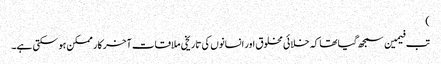
)
تب فیمین سمجھ گیا تھا کہ خلائی مخلوق اور انسانوں کی تاریخی ملاقات آخر کار ممکن ہو سکتی ہے۔